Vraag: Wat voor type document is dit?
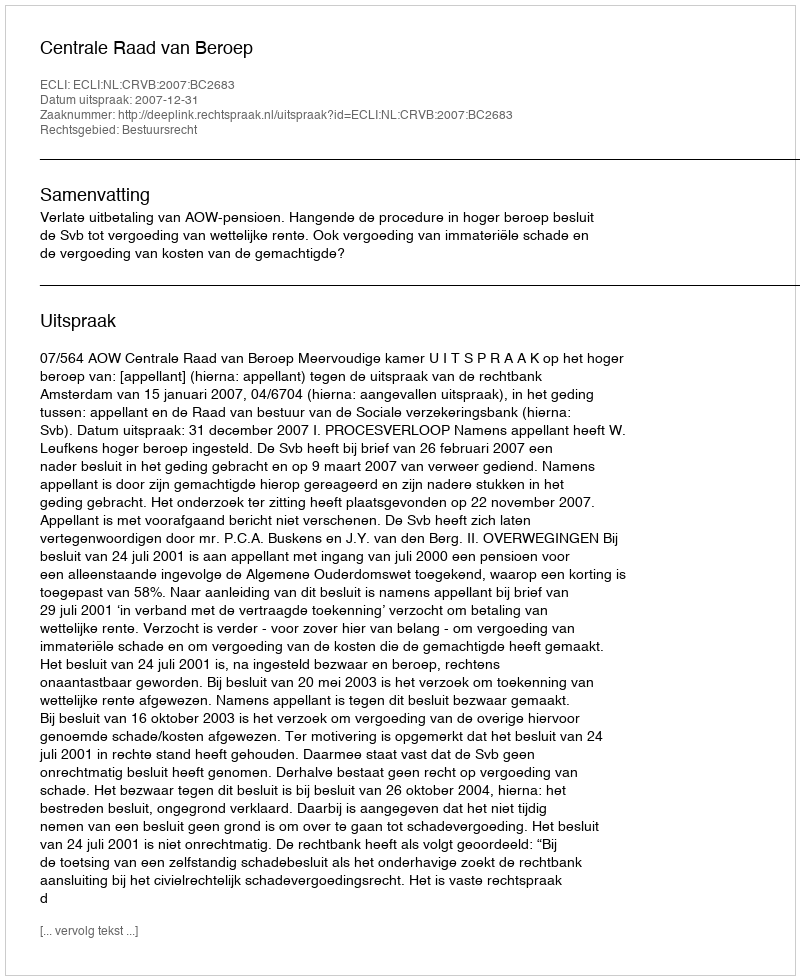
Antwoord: Uitspraak